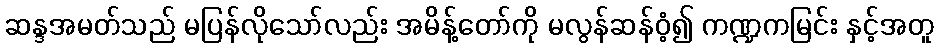
ဆန္ဒအမတ်သည် မပြန်လိုသော်လည်း အမိန့်တော်ကို မလွန်ဆန်ဝံ့၍ ကဏ္ဍကမြင်း နှင့်အတူ